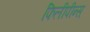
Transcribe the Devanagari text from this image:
फिलीपीन्स्